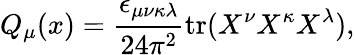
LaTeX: Q_{\mu}(x)=\frac{\epsilon_{\mu\nu\kappa\lambda}}{24\pi^{2}}\mathrm{tr}(X^{\nu}X^{\kappa}X^{\lambda}),